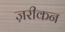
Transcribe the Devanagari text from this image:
ज़रीकन